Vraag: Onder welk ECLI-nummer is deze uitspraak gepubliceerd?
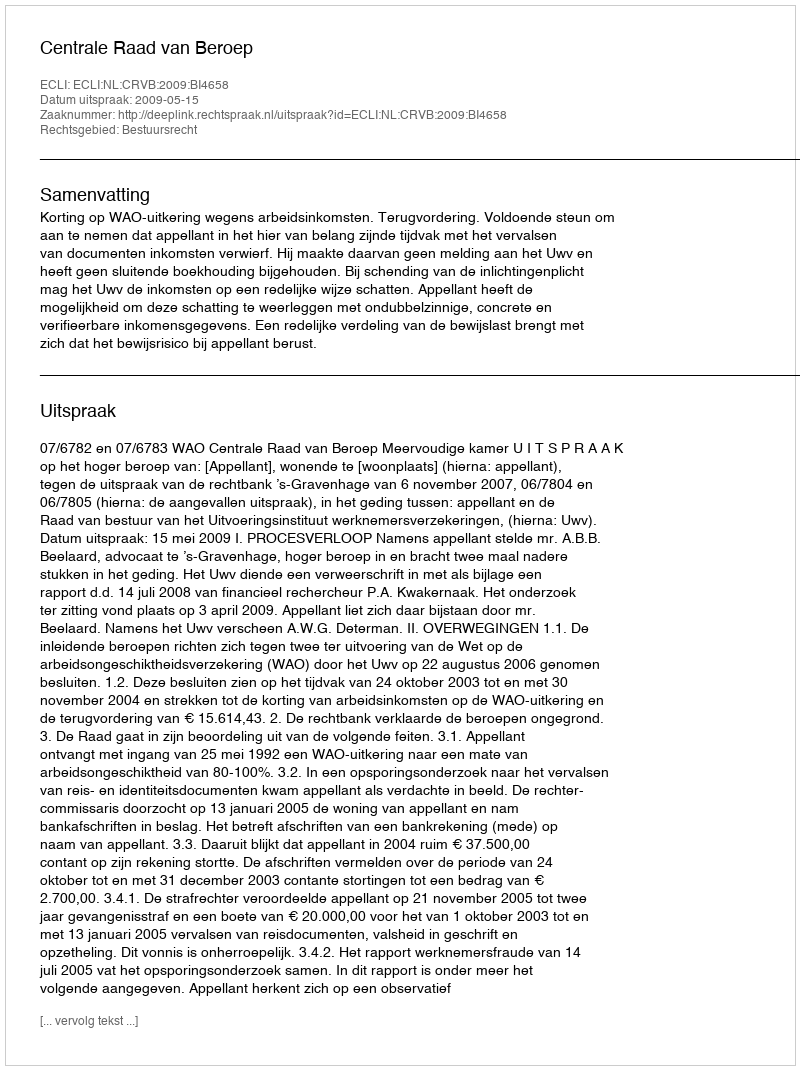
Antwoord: ECLI:NL:CRVB:2009:BI4658